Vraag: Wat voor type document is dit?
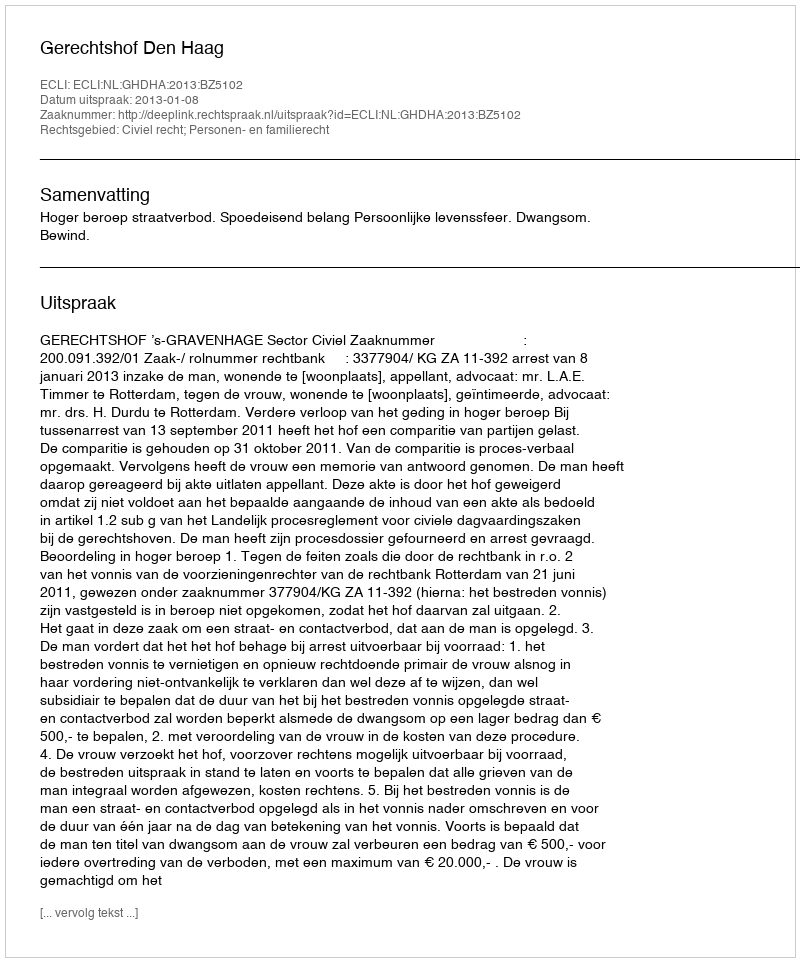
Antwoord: Uitspraak